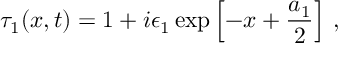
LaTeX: \tau _ { 1 } ( x , t ) = 1 + i \epsilon _ { 1 } \exp \left[ - x + \frac { a _ { 1 } } { 2 } \right] \, ,